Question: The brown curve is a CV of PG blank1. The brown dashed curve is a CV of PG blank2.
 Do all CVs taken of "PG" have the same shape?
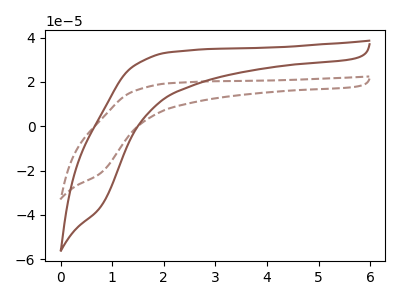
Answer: <think>The brown curve "PG blank1" has no peaks. The brown dashed curve "PG blank2" has no peaks.
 Neither "PG blank1" or "PG blank2" have any peaks.</think>
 <answer>All the CV's of "PG" have similar shape.</answer>
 <eval>follow_rule</eval>